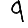
Digit: 9